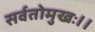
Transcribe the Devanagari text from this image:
सर्वतोमुखः।।